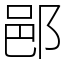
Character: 𨛗